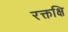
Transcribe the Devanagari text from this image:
रक्तक्षि